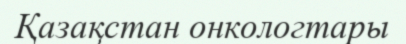
Қазақстан онкологтары